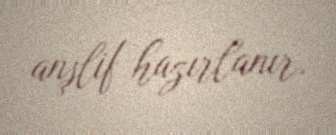
anşlif hazırlanır.